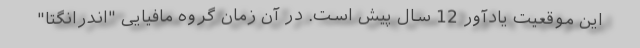
این موقعیت یادآور 12 سال پیش است. در آن زمان گروه مافیایی "اندرانگتا"